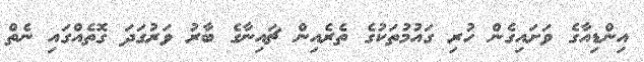
އިންޑިއާގެ ވަށައިގެން ހުރި ގައުމުތަކުގެ ތެރެއިން ޗައިނާގެ ބާރު ވަރުގަދަ ގޮތެއްގައި ނެތް